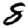
Digit: 8